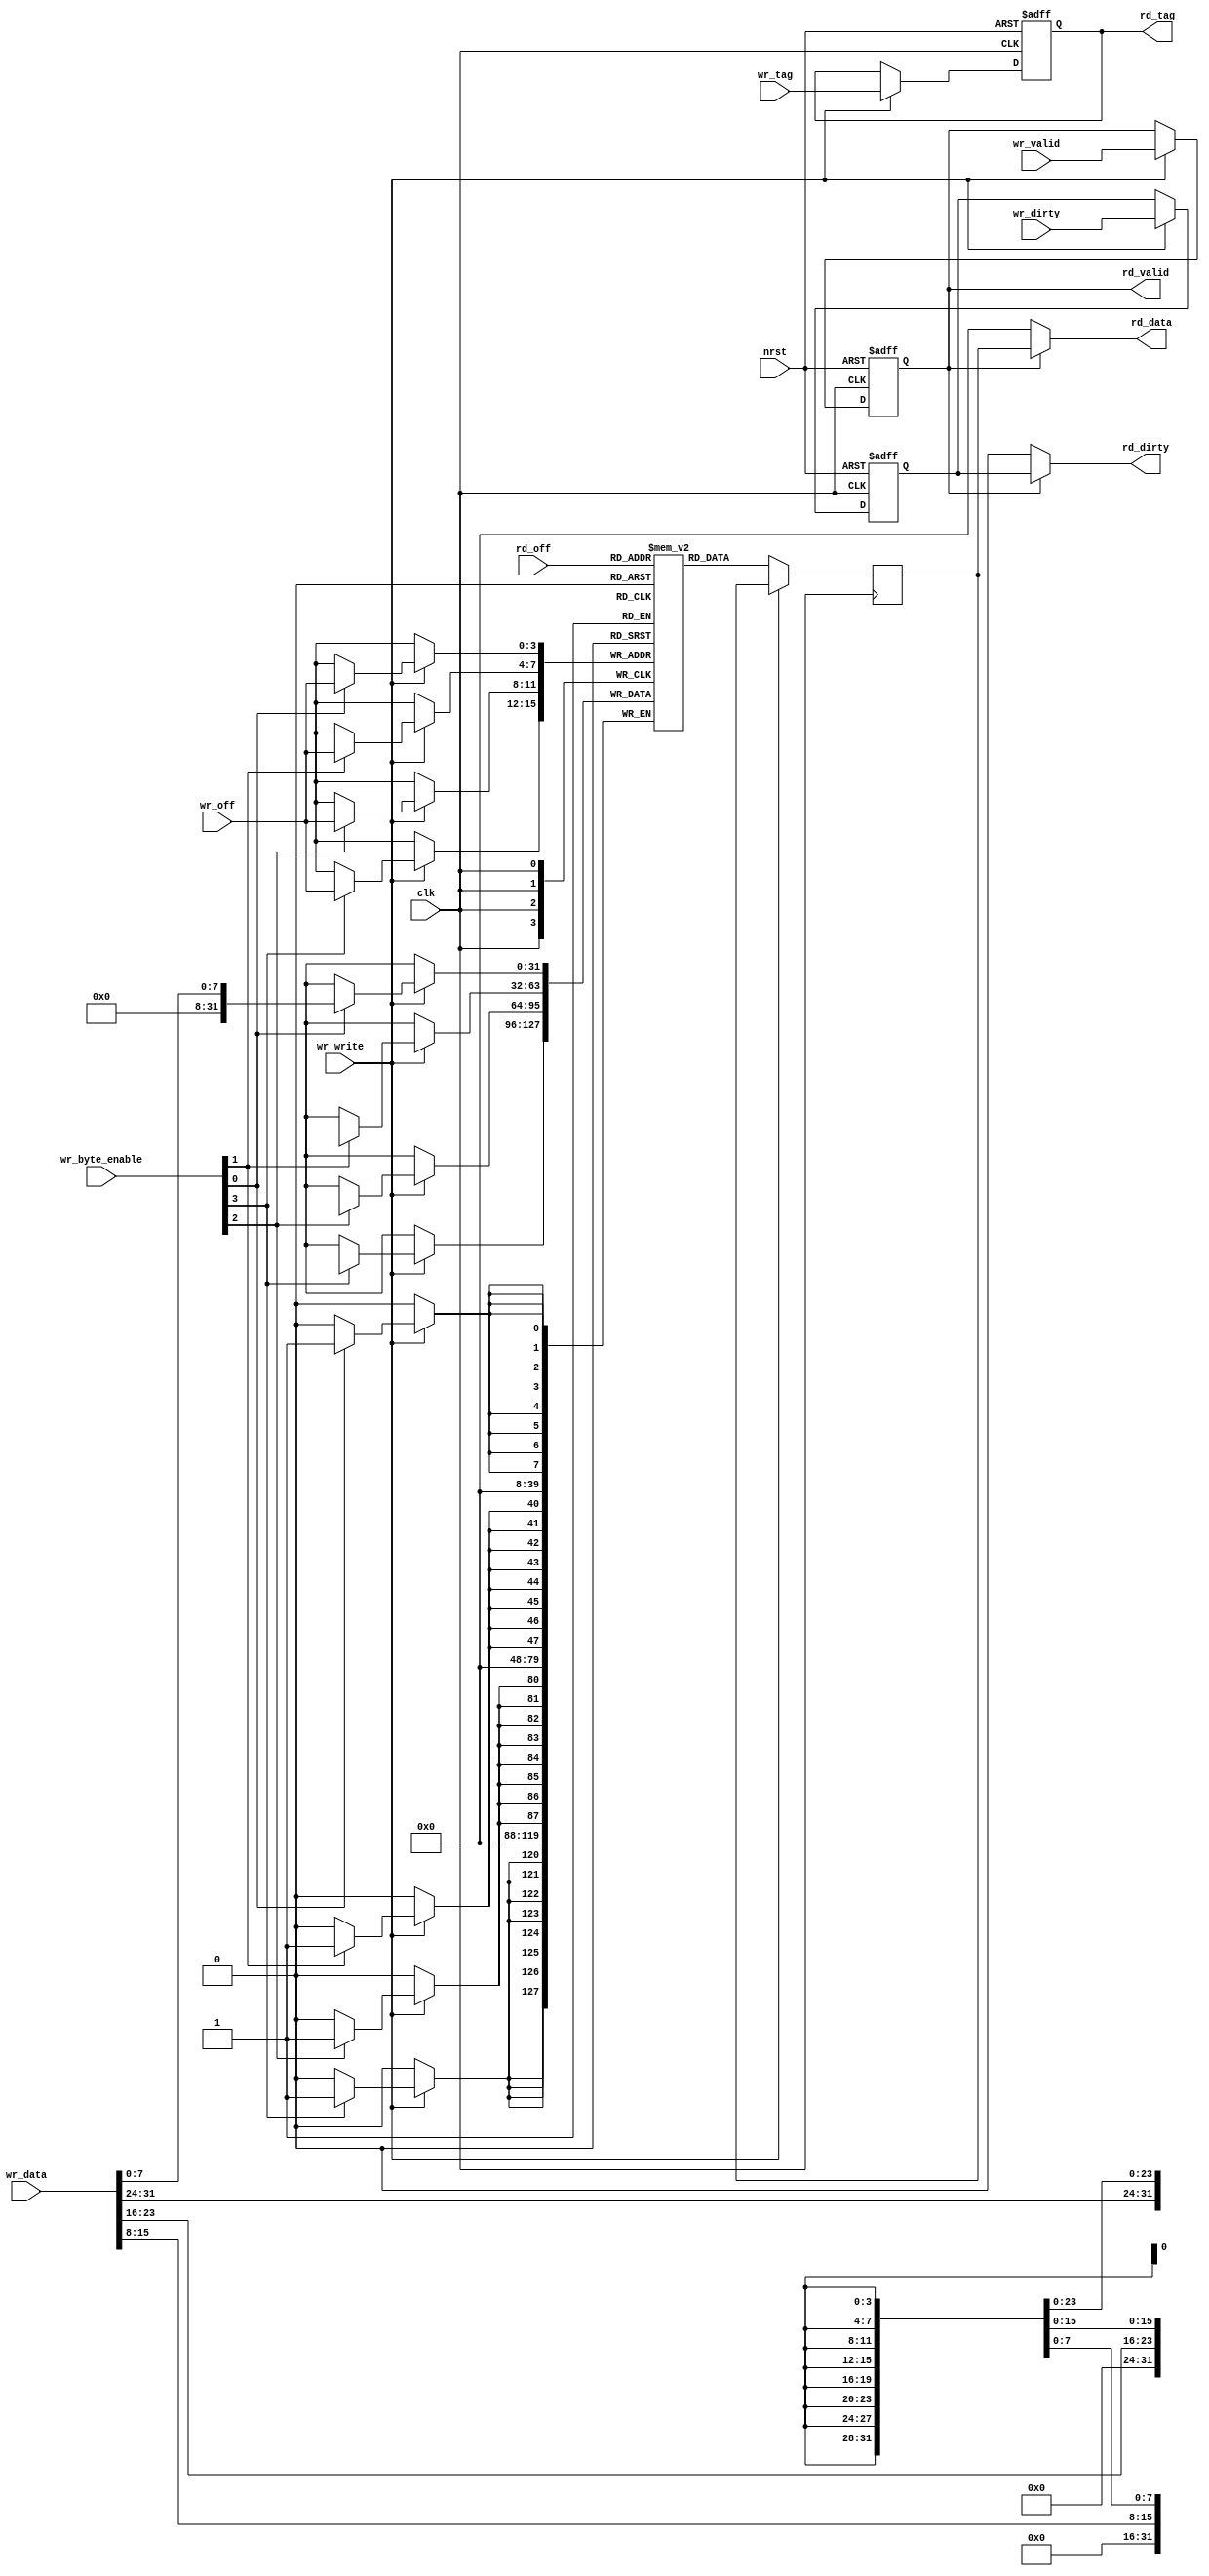
module CacheLine #(parameter
	CACHE_LINE_WIDTH = 6,
	TAG_WIDTH = 20
	`define OFFSET_WIDTH (CACHE_LINE_WIDTH-2)
) (
	// Clock and reset
	input  wire nrst,
	input  wire clk,

	output wire [TAG_WIDTH-1:0]     rd_tag,
	input  wire [`OFFSET_WIDTH-1:0] rd_off,
	output reg  [31:0]              rd_data,
	output wire                     rd_dirty,
	output wire                     rd_valid,

	input  wire                     wr_write,
	input  wire [TAG_WIDTH-1:0]     wr_tag,
	input  wire [`OFFSET_WIDTH-1:0] wr_off,
	input  wire [31:0]              wr_data,
	input  wire [3:0]               wr_byte_enable,
	input  wire                     wr_dirty,
	input  wire                     wr_valid
);

	// Storage
	reg [TAG_WIDTH-1:0] tag;
	reg [31:0] data[2**`OFFSET_WIDTH - 1 : 0];
	reg dirty;
	reg valid;
	reg [31:0] dout;

	// Reading data
	assign rd_tag = tag;
	assign rd_dirty = valid ? dirty : 0;
	assign rd_valid = valid;

	// Resetting or writing data
	always @(posedge clk, negedge nrst) begin
		if (~nrst) begin : rst_data
			// Resetting
			dirty <= 1'b0;
			valid <= 1'b0;
			tag   <= 0;

		end else if (wr_write) begin
			// Writing data
			tag   <= wr_tag;
			dirty <= wr_dirty;
			valid <= wr_valid;

		end else begin
			// rd_data = valid ? data[rd_off] : 0;
		end
	end

	integer k;
	always @(posedge clk) begin : proc_bram
		if(wr_write) begin
			for(k=0; k<4; k=k+1)
				if (wr_byte_enable[k]) begin
					data[wr_off][k*8 +: 8] <= wr_data[k*8 +: 8];
				end
		end else begin 
			dout <= data[rd_off];
		end
	end

	always @(*) begin
		rd_data = valid ? dout : 0;
	end

endmodule